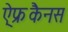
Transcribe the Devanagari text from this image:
ऐ्फ्रकैनस